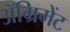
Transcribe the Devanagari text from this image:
ॲग्रिमेंट